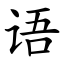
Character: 语